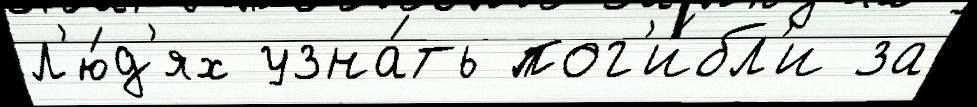
л'ю́д'ях узна́ть пог'и́бл'и за